Annual report of the Imperial Bacteriological Laboratory, Muktesar
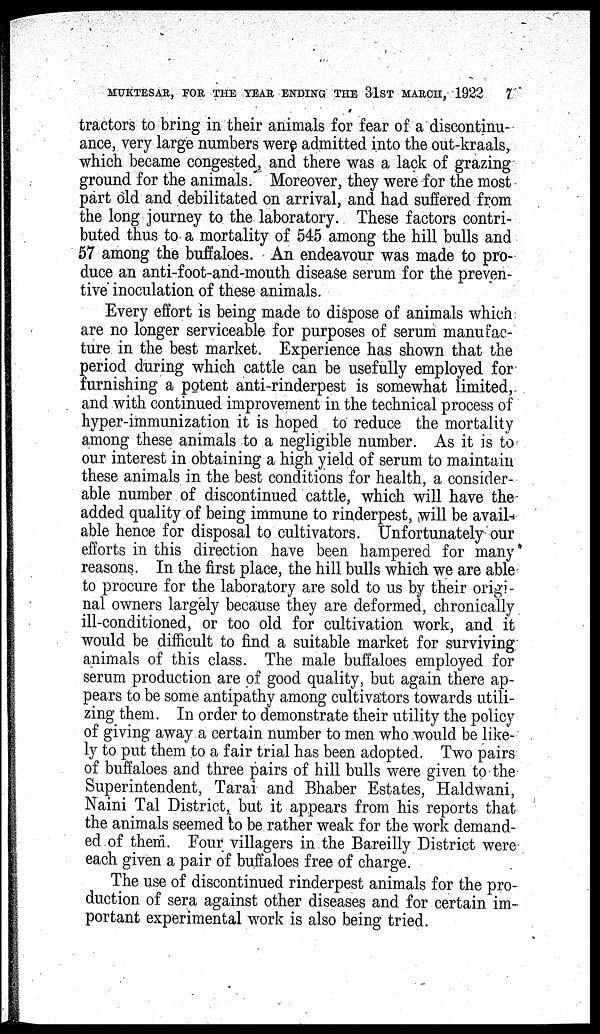
MUKTESAR, FOR THE YEAR ENDING THE 31ST MARCH, 1922
7
tractors to bring in their animals for fear of a discontinu-
ance, very large numbers were admitted into the out-kraals,
which became congested, and there was a lack of grazing
ground for the animals. Moreover, they were for the most
part old and debilitated on arrival, and had suffered from
the long journey to the laboratory. These factors contri-
buted thus to a mortality of 545 among the hill bulls and
57 among the buffaloes. An endeavour was made to pro-
duce an anti-foot-and-mouth disease serum for the preven-
tive inoculation of these animals.
Every effort is being made to dispose of animals which
are no longer serviceable for purposes of serum manufac-
ture in the best market. Experience has shown that the
period during which cattle can be usefully employed for
furnishing a potent anti-rinderpest is somewhat limited,
and with continued improvement in the technical process of
hyper-immunization it is hoped to reduce the mortality
among these animals to a negligible number. As it is to
our interest in obtaining a high yield of serum to maintain
these animals in the best conditions for health, a consider-
able number of discontinued cattle, which will have the
added quality of being immune to rinderpest, will be avail-
able hence for disposal to cultivators. Unfortunately our
efforts in this direction have been hampered for many
reasons. In the first place, the hill bulls which we are able
to procure for the laboratory are sold to us by their origi-
nal owners largely because they are deformed, chronically
ill-conditioned, or too old for cultivation work, and it
would be difficult to find a suitable market for surviving
animals of this class. The male buffaloes employed for
serum production are of good quality, but again there ap-
pears to be some antipathy among cultivators towards utili-
zing them. In order to demonstrate their utility the policy
of giving away a certain number to men who would be like-
ly to put them to a fair trial has been adopted. Two pairs
of buffaloes and three pairs of hill bulls were given to the
Superintendent, Tarai and Bhaber Estates, Haldwani,
Naini Tal District, but it appears from his reports that
the animals seemed to be rather weak for the work demand-
ed of them. Four villagers in the Bareilly District were
each given a pair of buffaloes free of charge.
The use of discontinued rinderpest animals for the pro-
duction of sera against other diseases and for certain im-
portant experimental work is also being tried.